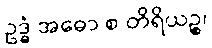
ဥဒ္ဓံ အဓော စ တိရိယဉ္စ၊